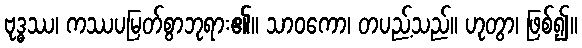
ဗုဒ္ဓဿ၊ ကဿပမြတ်စွာဘုရား၏။ သာဝကော၊ တပည့်သည်။ ဟုတွာ၊ ဖြစ်၍။